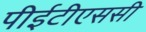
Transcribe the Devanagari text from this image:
पीईटीएससी